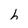
Character: h